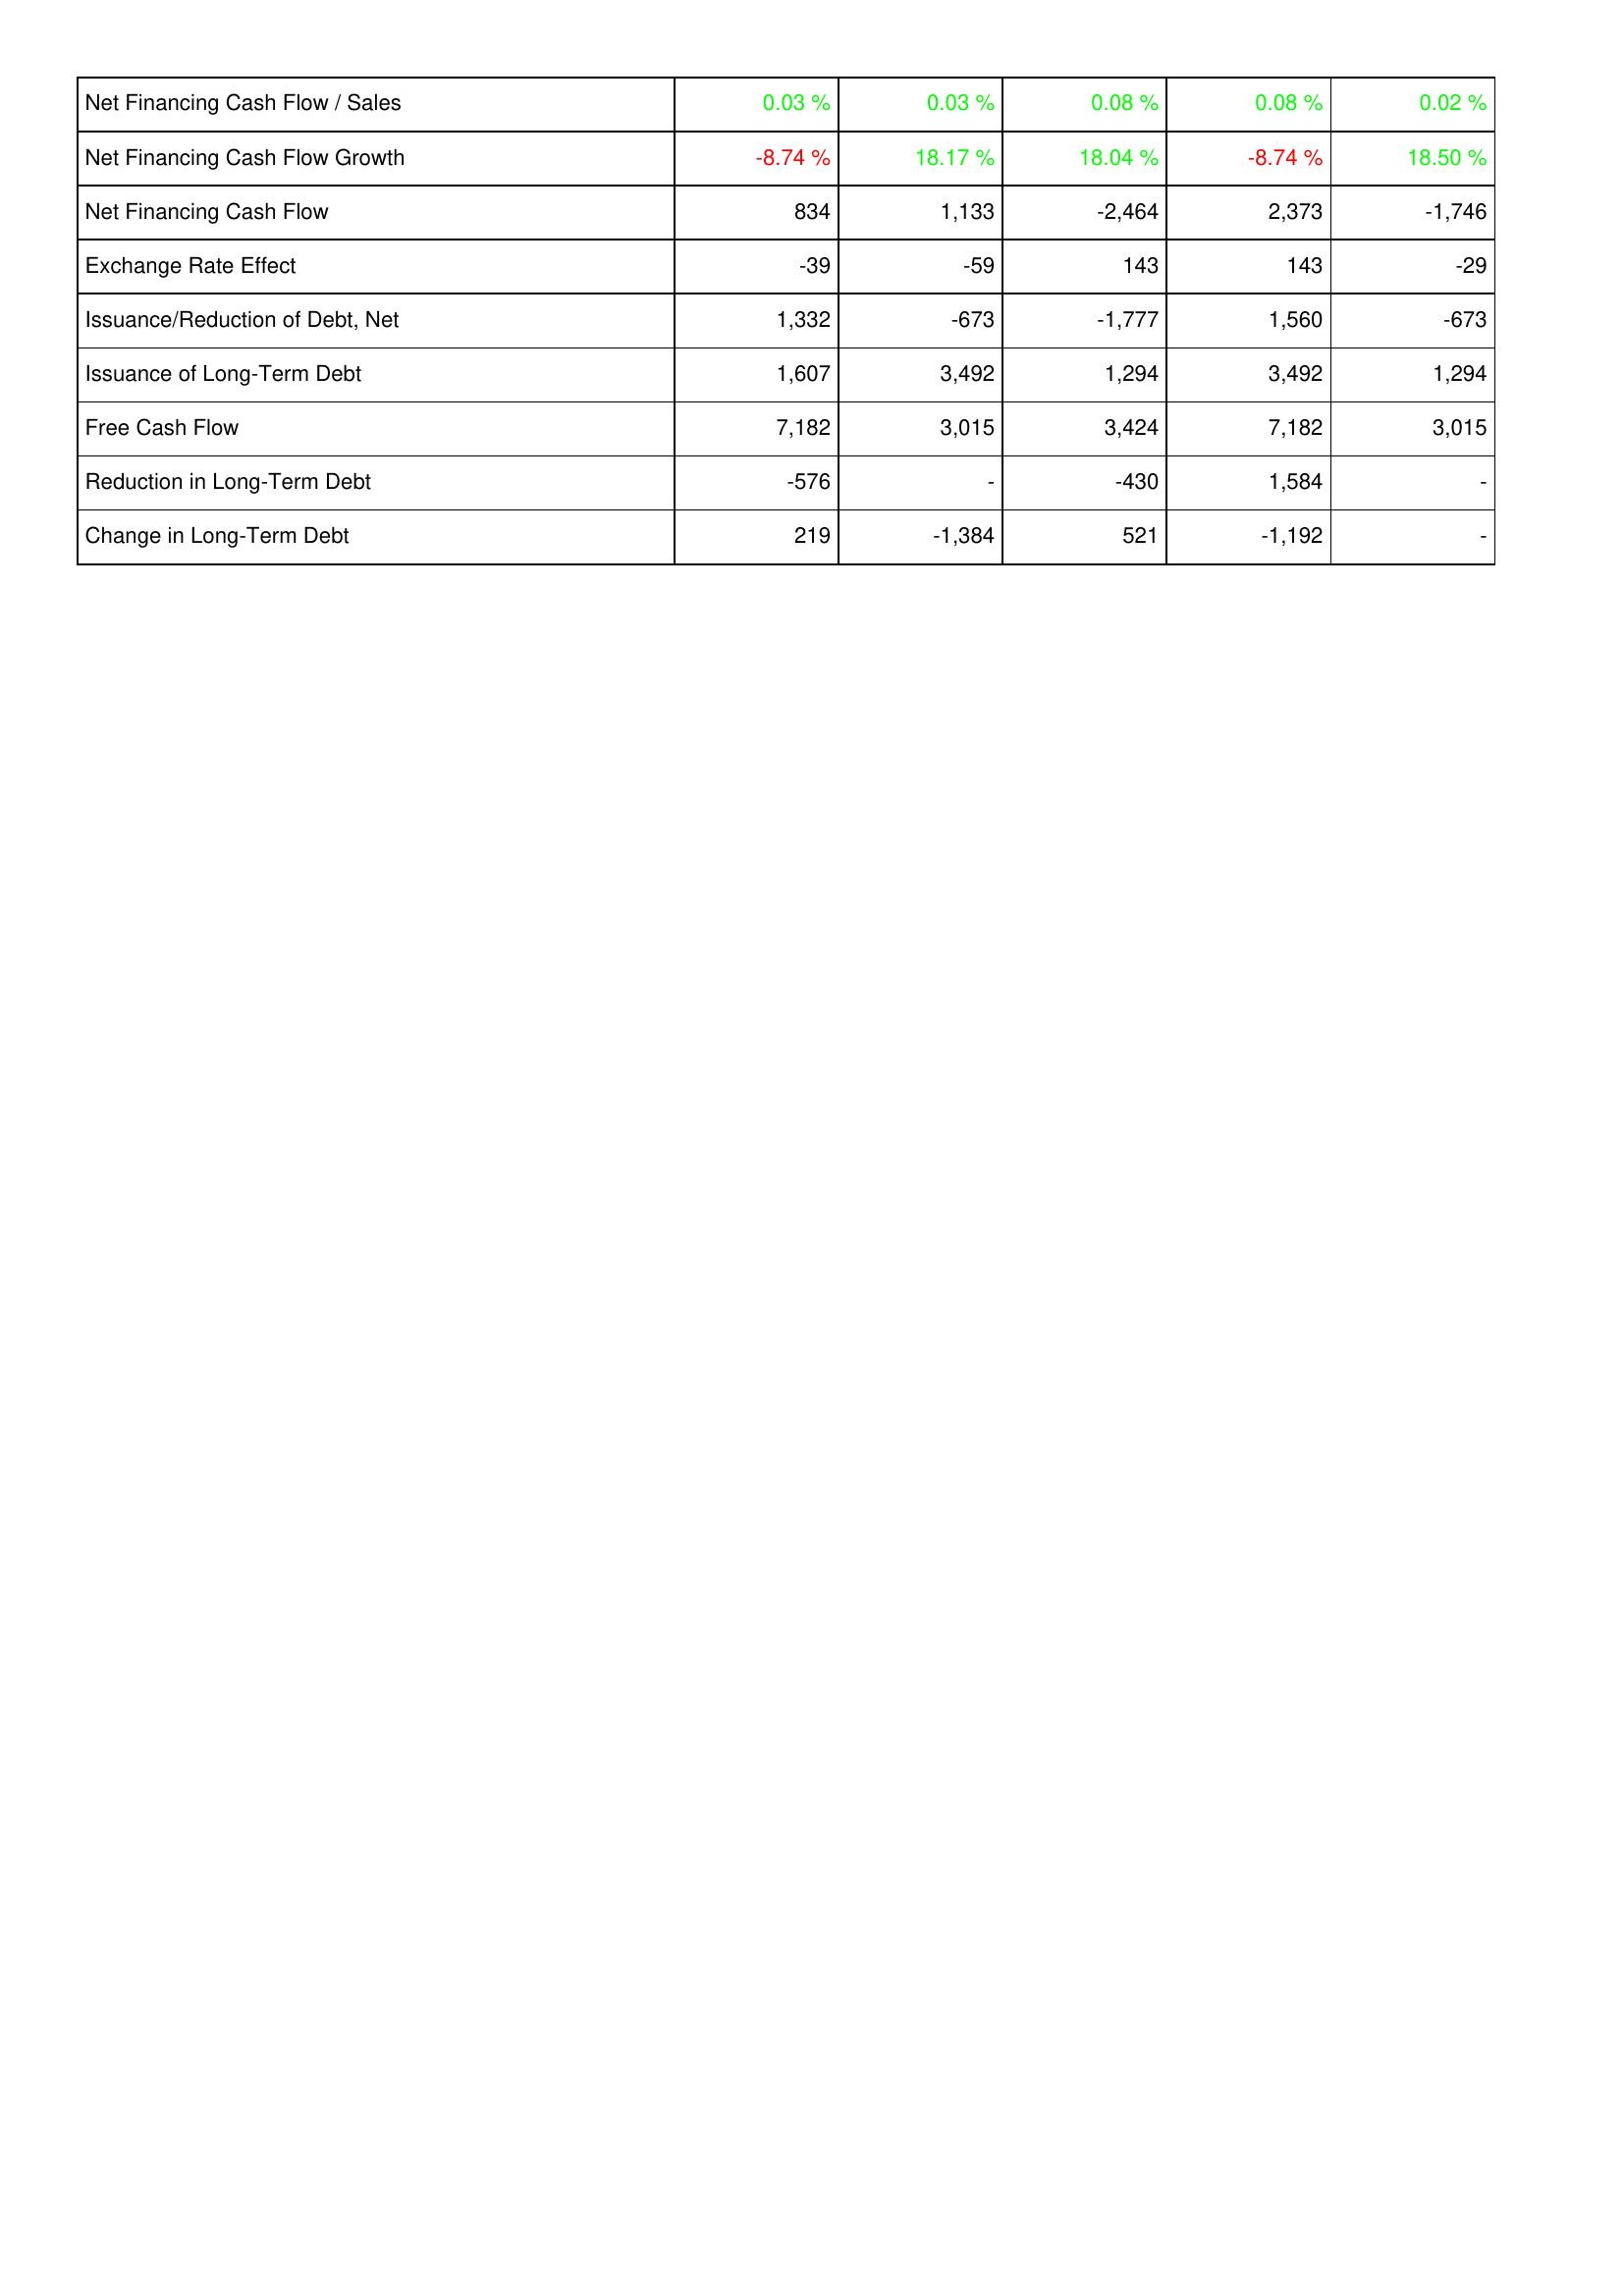
2019: Financing Activities: Net Financing Cash Flow / Sales: 0.03 %
Net Financing Cash Flow Growth: -8.74 %
Net Financing Cash Flow: 834
Exchange Rate Effect: -39
Issuance/Reduction of Debt, Net: 1,332
Issuance of Long-Term Debt: 1,607
Free Cash Flow: 7,182
Reduction in Long-Term Debt: -576
Change in Long-Term Debt: 219
2018: Financing Activities: Net Financing Cash Flow / Sales: 0.03 %
Net Financing Cash Flow Growth: 18.17 %
Net Financing Cash Flow: 1,133
Exchange Rate Effect: -59
Issuance/Reduction of Debt, Net: -673
Issuance of Long-Term Debt: 3,492
Free Cash Flow: 3,015
Reduction in Long-Term Debt: -
Change in Long-Term Debt: -1,384
2017: Financing Activities: Net Financing Cash Flow / Sales: 0.08 %
Net Financing Cash Flow Growth: 18.04 %
Net Financing Cash Flow: -2,464
Exchange Rate Effect: 143
Issuance/Reduction of Debt, Net: -1,777
Issuance of Long-Term Debt: 1,294
Free Cash Flow: 3,424
Reduction in Long-Term Debt: -430
Change in Long-Term Debt: 521
2016: Financing Activities: Net Financing Cash Flow / Sales: 0.08 %
Net Financing Cash Flow Growth: -8.74 %
Net Financing Cash Flow: 2,373
Exchange Rate Effect: 143
Issuance/Reduction of Debt, Net: 1,560
Issuance of Long-Term Debt: 3,492
Free Cash Flow: 7,182
Reduction in Long-Term Debt: 1,584
Change in Long-Term Debt: -1,192
2015: Financing Activities: Net Financing Cash Flow / Sales: 0.02 %
Net Financing Cash Flow Growth: 18.50 %
Net Financing Cash Flow: -1,746
Exchange Rate Effect: -29
Issuance/Reduction of Debt, Net: -673
Issuance of Long-Term Debt: 1,294
Free Cash Flow: 3,015
Reduction in Long-Term Debt: -
Change in Long-Term Debt: -